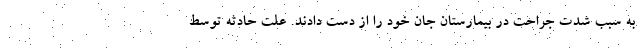
به سبب شدت جراحت در بیمارستان جان خود را از دست دادند. علت حادثه توسط